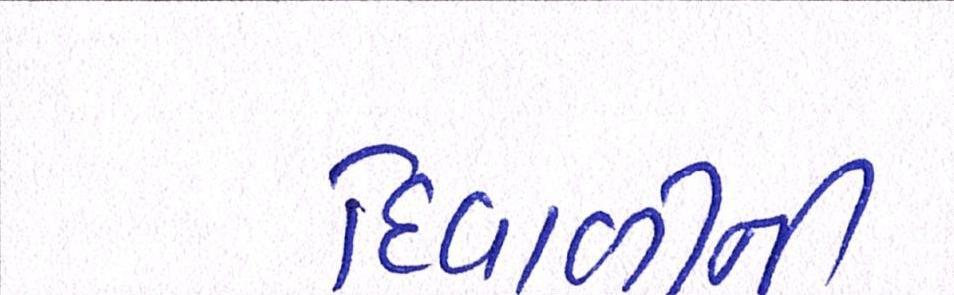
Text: દિવાળીની